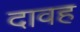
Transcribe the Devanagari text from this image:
दावह